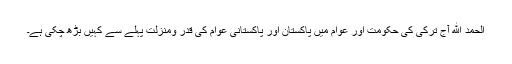
الحمد ﷲ آج ترکی کی حکومت اور عوام میں پاکستان اور پاکستانی عوام کی قدر ومنزلت پہلے سے کہیں بڑھ چکی ہے۔